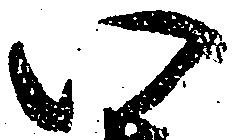
い